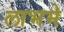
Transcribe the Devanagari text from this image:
लाभमे